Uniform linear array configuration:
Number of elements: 24
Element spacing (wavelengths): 0.25
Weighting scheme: hamming
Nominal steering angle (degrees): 45
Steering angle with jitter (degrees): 45.334
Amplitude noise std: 0.05
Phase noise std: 0.05

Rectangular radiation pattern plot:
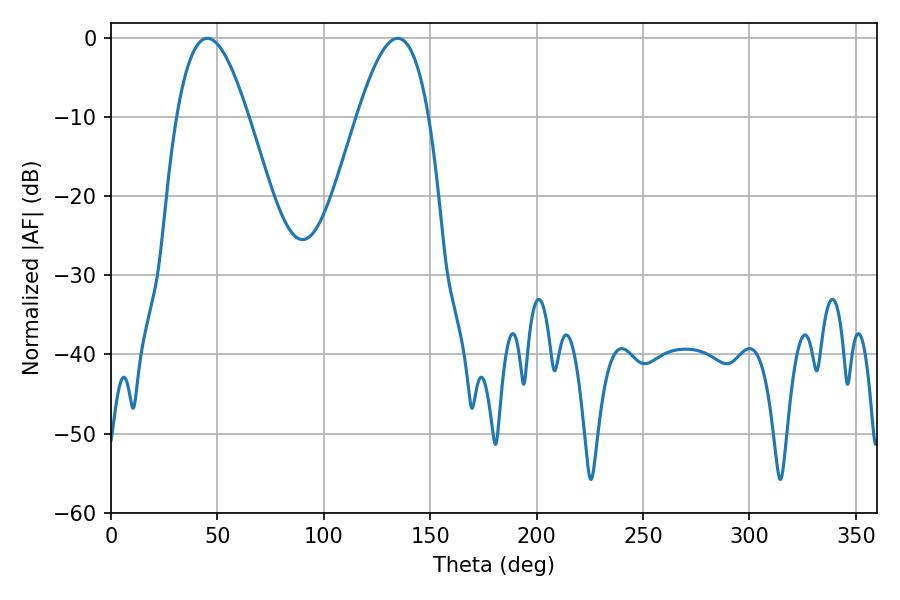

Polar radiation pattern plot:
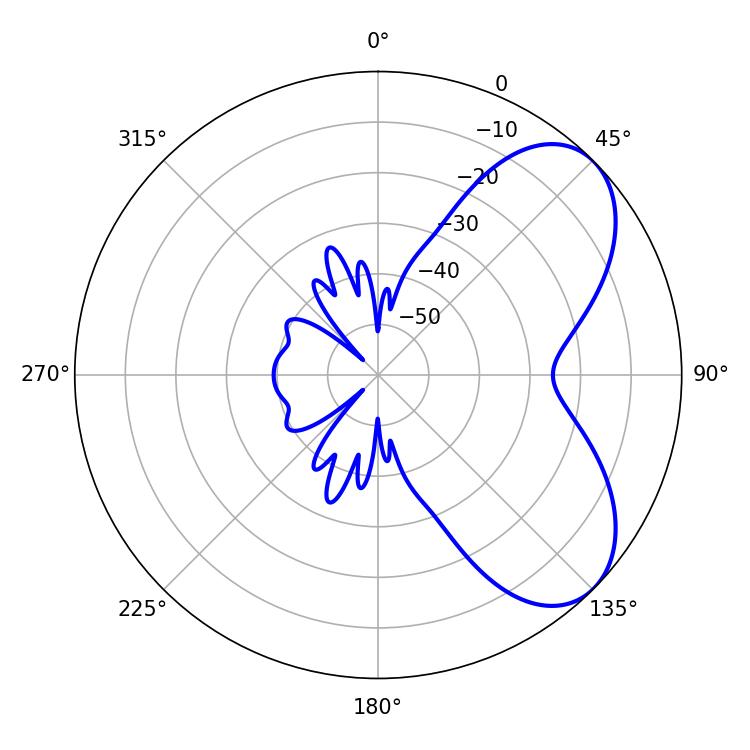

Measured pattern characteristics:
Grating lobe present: FALSE
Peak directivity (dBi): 5.999
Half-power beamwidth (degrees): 18.18
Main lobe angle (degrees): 45.18